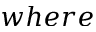
w h e r e